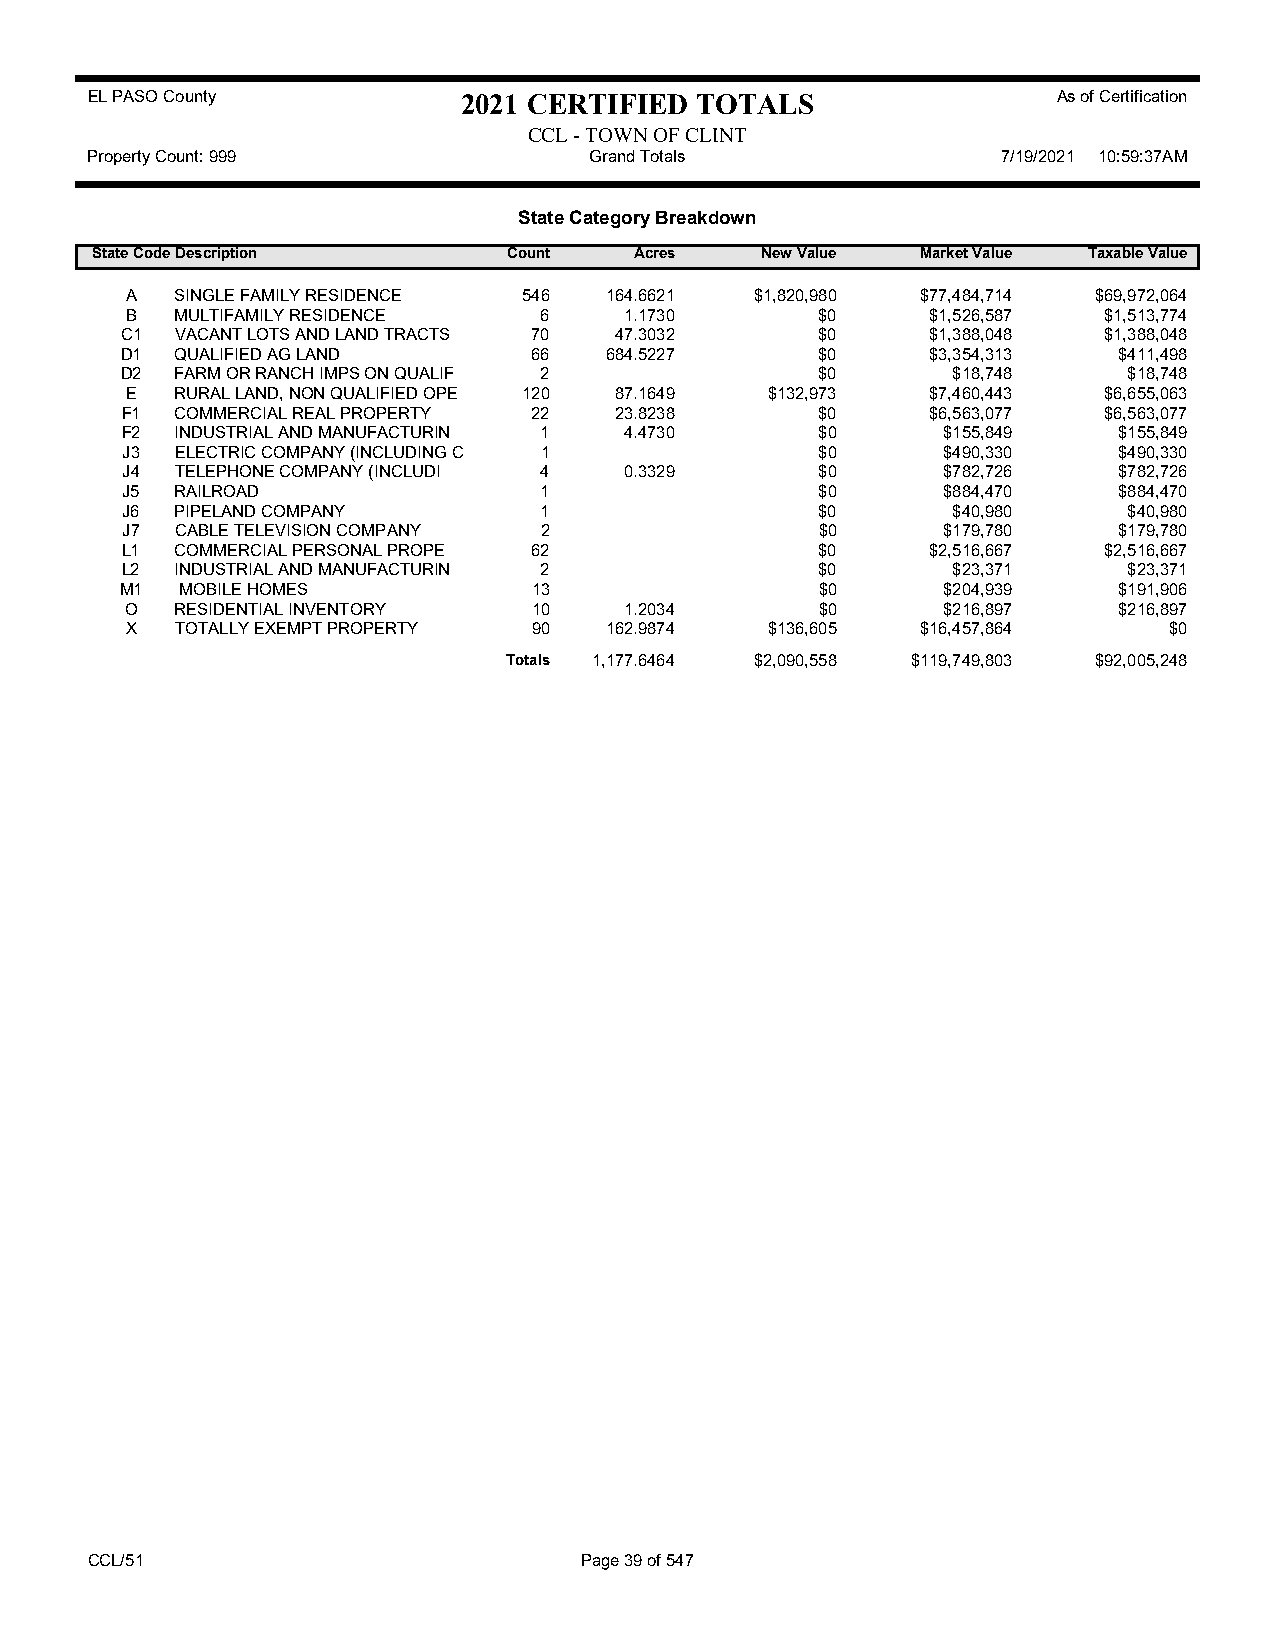
EL PASO County           2021 CERTIFIED TOTALS                  As of Certification
 CCL - TOWN OF CLINT
 Property Count: 999              Grand Totals               7/19/2021 10:59:37AM
 State Category Breakdown
 State CodeDescription       Count   Acres   New Value  Market Value Taxable Value
 A   SINGLE FAMILY RESIDENCE 546 164.6621  $1,820,980 $77,484,714 $69,972,064
 B   MULTIFAMILY RESIDENCE   6    1.1730       $0      $1,526,587 $1,513,774
 C1  VACANT LOTS AND LAND TRACTS 70 47.3032    $0      $1,388,048 $1,388,048
 D1  QUALIFIED AG LAND      66   684.5227      $0      $3,354,313  $411,498
 D2  FARM OR RANCH IMPS ON QUALIF 2            $0       $18,748     $18,748
 E   RURAL LAND, NON QUALIFIED OPE 120 87.1649 $132,973 $7,460,443 $6,655,063
 F1  COMMERCIAL REAL PROPERTY 22  23.8238      $0      $6,563,077 $6,563,077
 F2  INDUSTRIAL AND MANUFACTURIN 1 4.4730      $0      $155,849    $155,849
 J3  ELECTRIC COMPANY (INCLUDING C 1           $0      $490,330    $490,330
 J4  TELEPHONE COMPANY (INCLUDI 4 0.3329       $0      $782,726    $782,726
 J5  RAILROAD                1                 $0      $884,470    $884,470
 J6  PIPELAND COMPANY        1                 $0       $40,980     $40,980
 J7  CABLE TELEVISION COMPANY 2                $0      $179,780    $179,780
 L1  COMMERCIAL PERSONAL PROPE 62              $0      $2,516,667 $2,516,667
 L2  INDUSTRIAL AND MANUFACTURIN 2             $0       $23,371     $23,371
 M1  MOBILE HOMES           13                 $0      $204,939    $191,906
 O   RESIDENTIAL INVENTORY  10    1.2034       $0      $216,897    $216,897
 X   TOTALLY EXEMPT PROPERTY 90  162.9874   $136,605  $16,457,864     $0
 Totals 1,177.6464 $2,090,558 $119,749,803 $92,005,248
 CCL/51                          Page 39 of 547